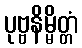
ပုဗ္ဗနိမ္မိတ္တံ